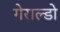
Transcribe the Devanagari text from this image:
गेराल्डो